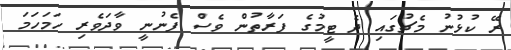
ރޭ ކުޅުނު މެޗުގައި ދެ ޓީމުގެ ފަރާތުން ވެސް ފެނުނީ ވާދަވެރި ހަމަހަމަ